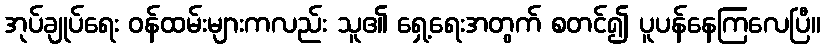
အုပ်ချုပ်ရေး ဝန်ထမ်းများကလည်း သူ၏ ရှေ့ရေးအတွက် စတင်၍ ပူပန်နေကြလေပြီ။